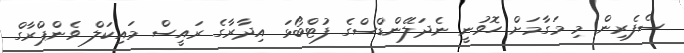
ސެފެރިން މި މަގާމަށް ހޮވުނީ ނެދަލޭންޑްސްގެ ފުޓްބޯޅަ އިދާރާގެ ރައީސް މައިކަލް ވެންޕްރާގް